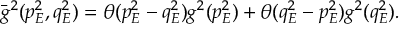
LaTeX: | \bar { \cal M } | ^ { 2 } ( b \rightarrow J / \psi + X ) = m _ { c } ^ { - 1 } \sum _ { [ n ] _ { a } } \frac { | \bar { \cal A } | ^ { 2 } ( b \rightarrow c \bar { c } [ n ] _ { a } + q _ { f } ) } { \langle 0 | O _ { a } ^ { c \bar { c } } [ n ] | 0 \rangle } \langle 0 | O _ { a } ^ { J / \psi } [ n ] | 0 \rangle \, .